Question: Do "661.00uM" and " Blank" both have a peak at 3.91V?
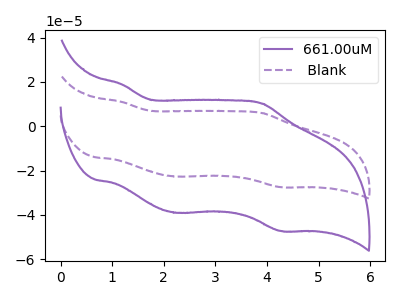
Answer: <think>The purple curve "661.00uM" has anodic peaks at (1.20V, 18.85uA) (3.90V, 10.25uA) and cathodic peaks at (2.25V, -39.05uA) (4.30V, -47.25uA). The purple dashed curve " Blank" has anodic peaks at (1.20V, 10.95uA) (3.90V, 5.95uA) and cathodic peaks at (2.25V, -22.70uA) (4.30V, -27.50uA).</think>
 <answer>Yes, "661.00uM" and " Blank" share a peak at 3.91V.</answer>
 <eval>match</eval>